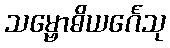
သမ္ဗောဓိယင်္ဂေသု